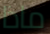
ماذا